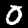
Digit: 0